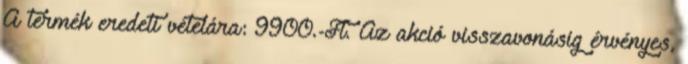
A termék eredeti vételára: 9900.-Ft. Az akció visszavonásig érvényes,